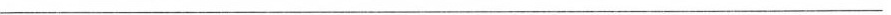
________________________